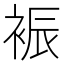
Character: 裖